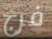
فرج